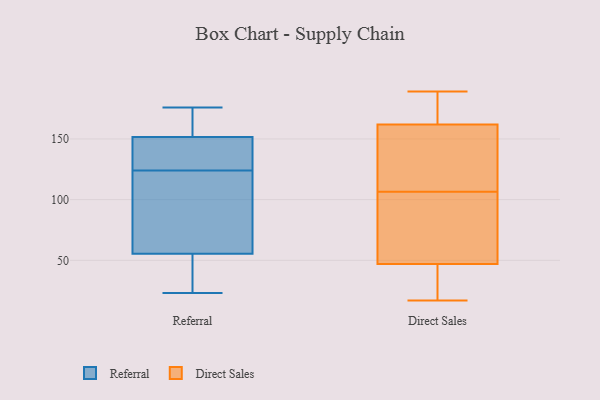
{"axis": {"x": "Backlog", "y": "Value"}, "legend": ["Direct Sales", "Referral"], "data": [{"x": "", "y": 176, "type": "Referral"}, {"x": "", "y": 154, "type": "Referral"}, {"x": "", "y": 154, "type": "Referral"}, {"x": "", "y": 126, "type": "Referral"}, {"x": "", "y": 149, "type": "Referral"}, {"x": "", "y": 52, "type": "Referral"}, {"x": "", "y": 131, "type": "Referral"}, {"x": "", "y": 42, "type": "Referral"}, {"x": "", "y": 121, "type": "Referral"}, {"x": "", "y": 23, "type": "Referral"}, {"x": "", "y": 122, "type": "Referral"}, {"x": "", "y": 59, "type": "Referral"}, {"x": "", "y": 162, "type": "Direct Sales"}, {"x": "", "y": 170, "type": "Direct Sales"}, {"x": "", "y": 145, "type": "Direct Sales"}, {"x": "", "y": 76, "type": "Direct Sales"}, {"x": "", "y": 179, "type": "Direct Sales"}, {"x": "", "y": 36, "type": "Direct Sales"}, {"x": "", "y": 168, "type": "Direct Sales"}, {"x": "", "y": 69, "type": "Direct Sales"}, {"x": "", "y": 134, "type": "Direct Sales"}, {"x": "", "y": 189, "type": "Direct Sales"}, {"x": "", "y": 158, "type": "Direct Sales"}, {"x": "", "y": 72, "type": "Direct Sales"}, {"x": "", "y": 31, "type": "Direct Sales"}, {"x": "", "y": 79, "type": "Direct Sales"}, {"x": "", "y": 47, "type": "Direct Sales"}, {"x": "", "y": 37, "type": "Direct Sales"}, {"x": "", "y": 136, "type": "Direct Sales"}, {"x": "", "y": 17, "type": "Direct Sales"}]}